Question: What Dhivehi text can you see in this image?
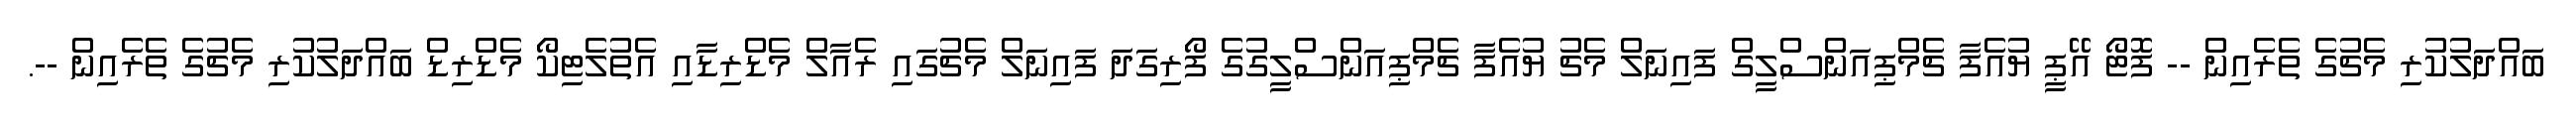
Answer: ބައްދަލުކުރި މެޗުގެ ތެރެއިން -- ފޮޓޯ އޭޕީ ޔުއެފާ ޗެމްޕިއަންސްލީގް ފައިނަލް މެޗު ޔުއެފާ ޗެމްޕިއަންސްލީގުގެ ފޯރިގަދަ ފައިނަލް މެޗުގައި ރެއާލް މެޑްރިޑާއި އެތުލެޓިކޯ މެޑްރިޑް ބައްދަލުކުރި މެޗުގެ ތެރެއިން --.